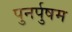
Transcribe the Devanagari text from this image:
पुनर्पुषम